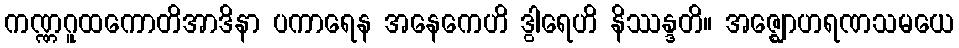
ကဏ္ဏဂူထကောတိအာဒိနာ ပကာရေန အနေကေဟိ ဒွါရေဟိ နိဿန္ဒတိ။ အဇ္ဈောဟရဏသမယေ